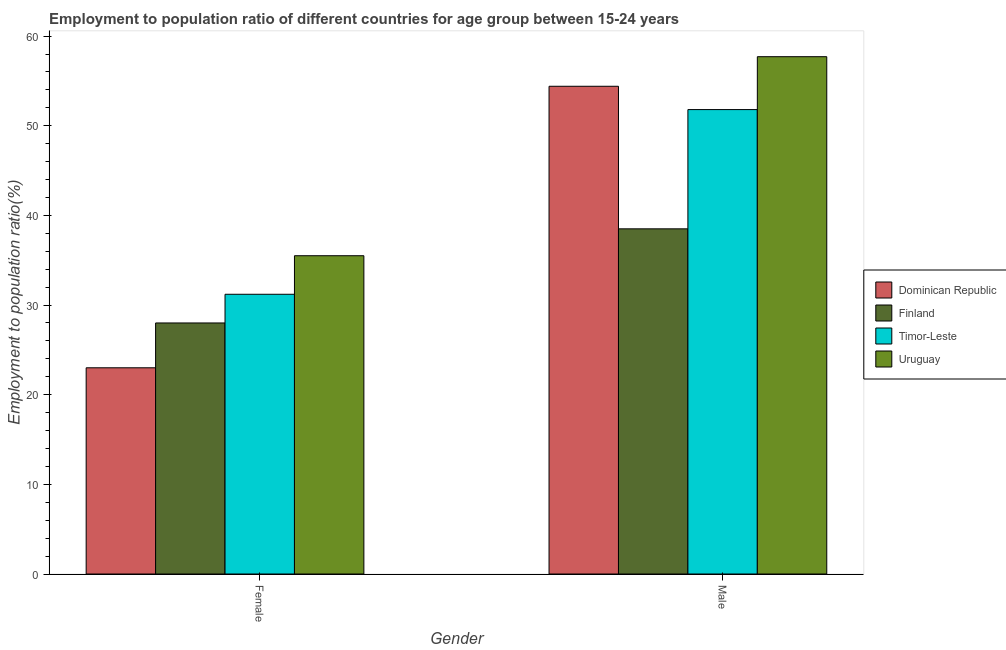
| Gender | Dominican Republic | Finland | Timor-Leste | Uruguay |
 | --- | --- | --- | --- | --- |
 | Female | 23 | 28 | 31.2 | 35.5 |
 | Male | 54.4 | 38.5 | 51.8 | 57.7 |